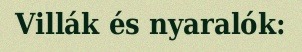
Villák és nyaralók: